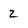
Character: 2